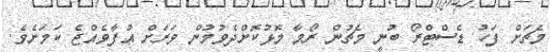
މެޗަށް ފަހު ޑެސްޓްރޯ ބުނީ މެޗުން ރޯމާ މޮޅުކޮށްދެވުމުން ވަރަށް އުފާވެއްޖެ ކަމަށެވެ.